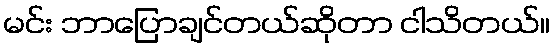
မင်း ဘာပြောချင်တယ်ဆိုတာ ငါသိတယ်။